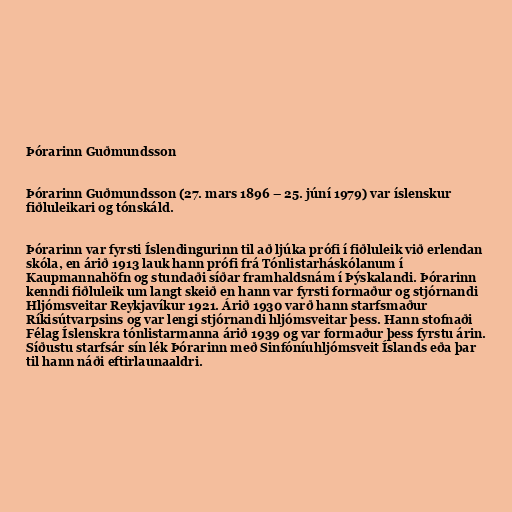
Þórarinn Guðmundsson

Þórarinn Guðmundsson (27. mars 1896 – 25. júní 1979) var íslenskur
fiðluleikari og tónskáld.

Þórarinn var fyrsti Íslendingurinn til að ljúka prófi í fiðluleik við erlendan
skóla, en árið 1913 lauk hann prófi frá Tónlistarháskólanum í
Kaupmannahöfn og stundaði síðar framhaldsnám í Þýskalandi. Þórarinn
kenndi fiðluleik um langt skeið en hann var fyrsti formaður og stjórnandi
Hljómsveitar Reykjavíkur 1921. Árið 1930 varð hann starfsmaður
Ríkisútvarpsins og var lengi stjórnandi hljómsveitar þess. Hann stofnaði
Félag Íslenskra tónlistarmanna árið 1939 og var formaður þess fyrstu árin.
Síðustu starfsár sín lék Þórarinn með Sinfóníuhljómsveit Íslands eða þar
til hann náði eftirlaunaaldri.